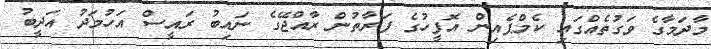
މާދަމާގެ ވަގުތެއްގައި ކެމްޕެއިން އޮފީހުގެ ފަރާތުން ރާއްޖޭގެ ނައިބު ރައީސް އަހުމަދު އަދީބު